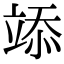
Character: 𥪌